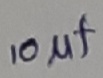
Text: 10µF